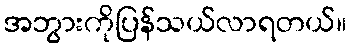
အဘွားကိုပြန်သယ်လာရတယ်။